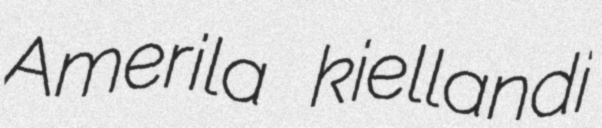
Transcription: Amerila kiellandi